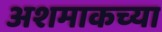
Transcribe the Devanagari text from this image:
अशमाकच्या